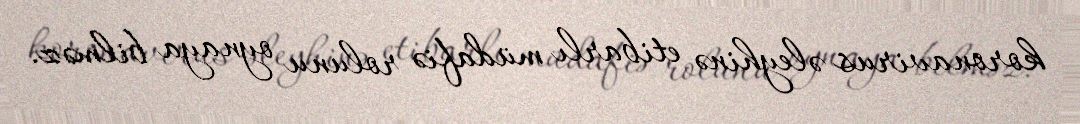
koronavirus əleyhinə etibarlı müdafiə rolunu oynaya bilməz.